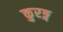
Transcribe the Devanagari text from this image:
कुरङ्ग